Civil Veterinary Department. Central Provinces & Berar 1925-31 - 1925-1931
Year: 1925
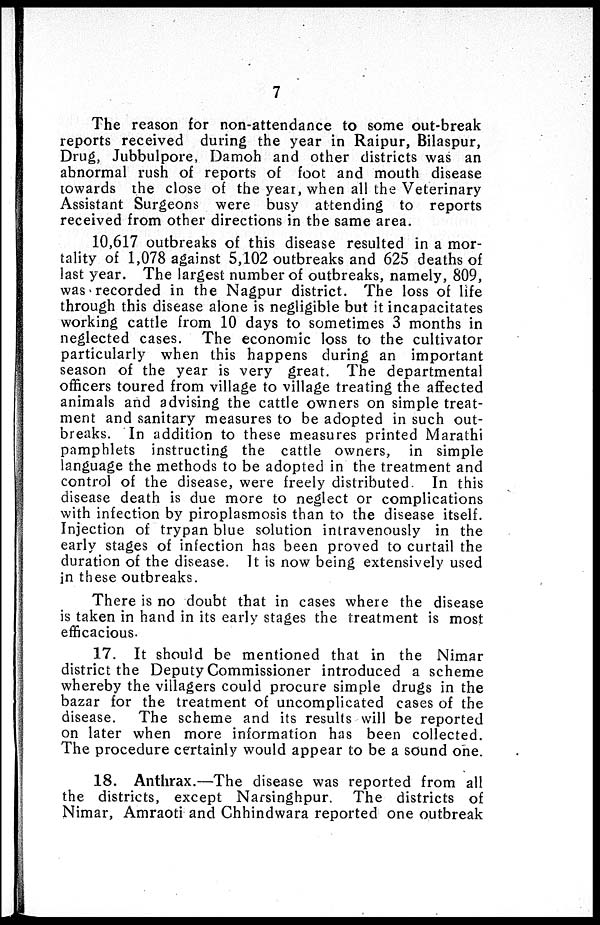
7
The reason for non-attendance to some out-break
reports received during the year in Raipur, Bilaspur,
Drug, Jubbulpore, Damoh and other districts was an
abnormal rush of reports of foot and mouth disease
towards the close of the year, when all the Veterinary
Assistant Surgeons were busy attending to reports
received from other directions in the same area.
10,617 outbreaks of this disease resulted in a mor-
tality of 1,078 against 5,102 outbreaks and 625 deaths of
last year. The largest number of outbreaks, namely, 809,
was recorded in the Nagpur district. The loss of life
through this disease alone is negligible but it incapacitates
working cattle from 10 days to sometimes 3 months in
neglected cases. The economic loss to the cultivator
particularly when this happens during an important
season of the year is very great. The departmental
officers toured from village to village treating the affected
animals and advising the cattle owners on simple treat-
ment and sanitary measures to be adopted in such out-
breaks. In addition to these measures printed Marathi
pamphlets instructing the cattle owners, in simple
language the methods to be adopted in the treatment and
control of the disease, were freely distributed. In this
disease death is due more to neglect or complications
with infection by piroplasmosis than to the disease itself.
Injection of trypan blue solution intravenously in the
early stages of infection has been proved to curtail the
duration of the disease. It is now being extensively used
in these outbreaks.
There is no doubt that in cases where the disease
is taken in hand in its early stages the treatment is most
efficacious.
17. It should be mentioned that in the Nimar
district the Deputy Commissioner introduced a scheme
whereby the villagers could procure simple drugs in the
bazar for the treatment of uncomplicated cases of the
disease. The scheme and its results will be reported
on later when more information has been collected.
The procedure certainly would appear to be a sound one.
18. Anthrax.—The disease was reported from all
the districts, except Narsinghpur. The districts of
Nimar, Amraoti and Chhindwara reported one outbreak